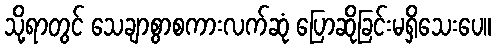
သို့ရာတွင် သေချာစွာစကားလက်ဆုံ ပြောဆိုခြင်းမရှိသေးပေ။